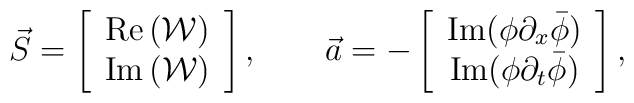
\vec{S}= \left[ \begin{array}{c}{\rm Re}\left({\mathcal{W}}\right) \\{\rm Im}\left({\mathcal{W}}\right)\end{array}\right], \qquad\vec{a}=-\left[ \begin{array}{c}{\rm Im}(\phi\partial_x\bar{\phi})\\{\rm Im}(\phi\partial_t\bar{\phi})\end{array}\right],